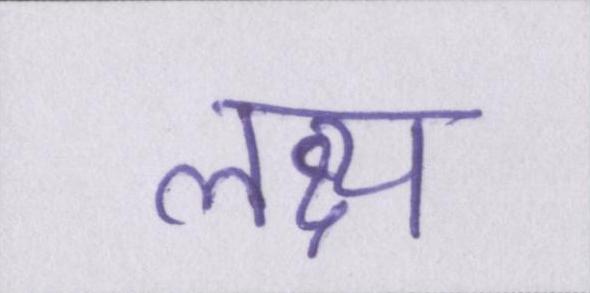
लक्ष्य